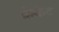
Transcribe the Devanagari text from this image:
क्रेकेट